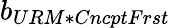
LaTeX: b_{URM*CncptFrst}